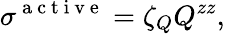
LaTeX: \sigma^{\mathrm{~a~c~t~i~v~e~}}=\zeta_{Q}Q^{zz},